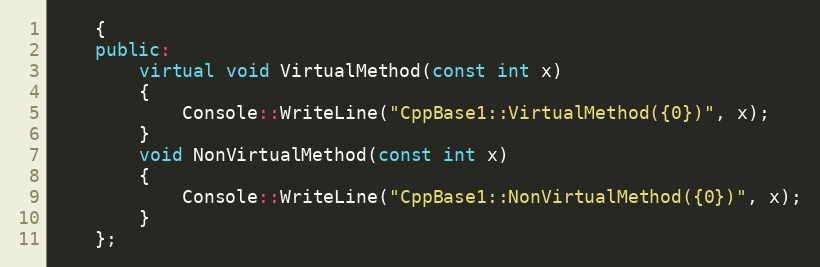
Language: C++
    {
    public:
        virtual void VirtualMethod(const int x)
        {
            Console::WriteLine("CppBase1::VirtualMethod({0})", x);
        }
        void NonVirtualMethod(const int x)
        {
            Console::WriteLine("CppBase1::NonVirtualMethod({0})", x);
        }
    };